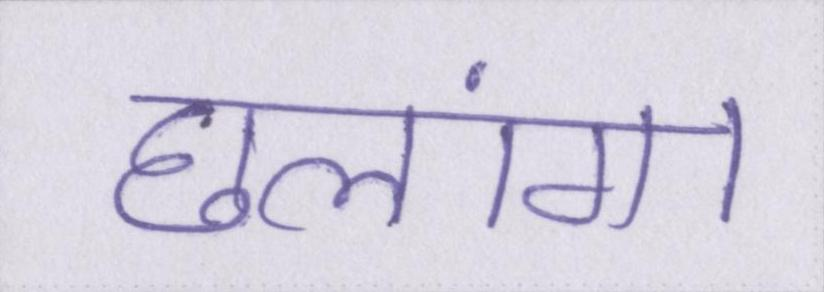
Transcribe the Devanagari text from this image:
छलांग।